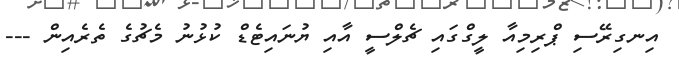
އިނގިރޭސި ޕްރިމިއާ ލީގްގައި ޗެލްސީ އާއި ޔުނައިޓެޑް ކުޅުނު މެޗުގެ ތެރެއިން ---